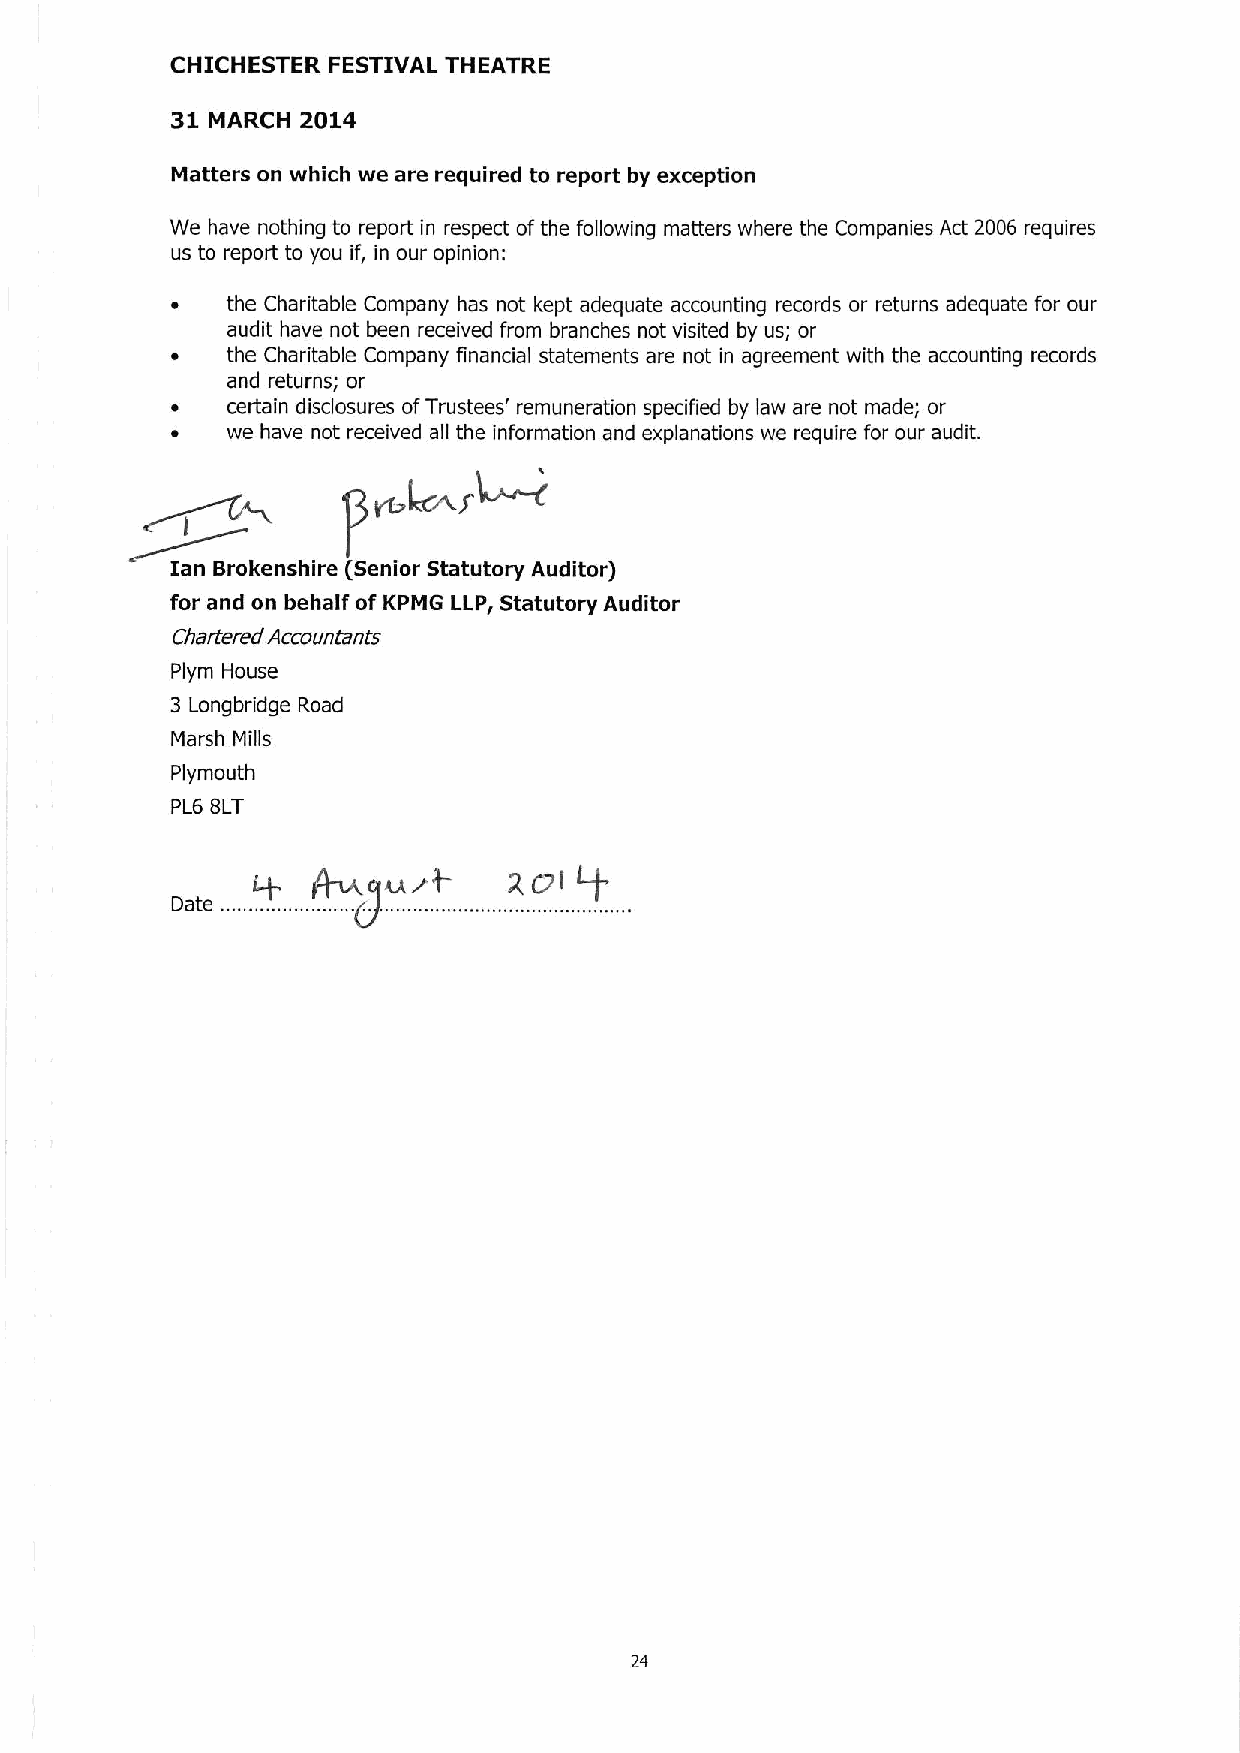
CHICHESTER FESTIVAL THEATRE
 31       2014
 MARCH
 Matters on which we are required to report by exception
 We have nothing to report in respect ofthe following matters where the Companies Act 2006 requires
 us to report to you if, in our opinion:
 the Charitable Company has not kept adequate accounting records or returns adequate for our
 audit have not been received from branches not visited by us; or
 the Charitable Company financial statements are not in agreement with the accounting records
 and returns; or
 certain disclosures ofTrustees' remuneration specified by law are not made; or
 we have not received all the information and explanations we require for our audit.
 I  B I   II (Senior Statutory Auditor)
 for and on behalf of KPMG LLP, Statutory Auditor
 Chartered Accountants
 Plym House
 3 Longbridge Road
 Marsh Mills
 Plymouth
 PL6 8LT
 ~g~rP
 24